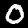
Label: 0